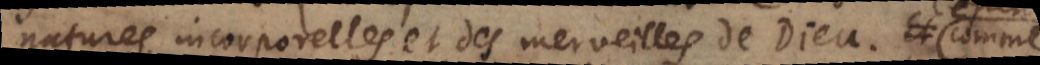
natures incorporelles et des merveilles de Dieu. Ce